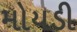
મોયડી